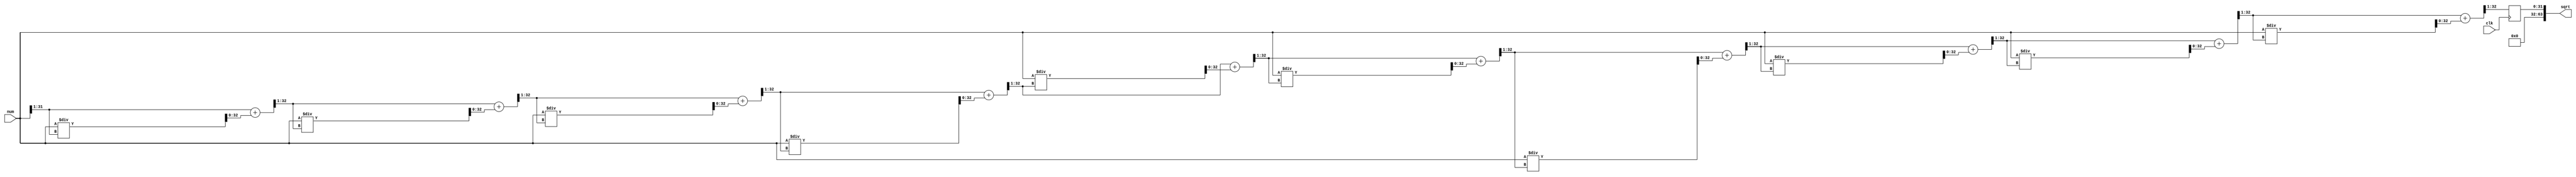
// Code your design here
module FixedPointSqrt
#(
  parameter INTEGER_WIDTH = 16,  // Integer part width
  parameter FRACTION_WIDTH = 16  // Fractional part width
)
(
  input clk,
  input  wire [INTEGER_WIDTH+FRACTION_WIDTH-1:0] num,  // Input number
  output wire [2*(INTEGER_WIDTH+FRACTION_WIDTH)-1:0] sqrt  //  root of the input number
);
  
  //reg [INTEGER_WIDTH+FRACTION_WIDTH-1:0] xn;  // Initial approximation
  //reg [2*(INTEGER_WIDTH+FRACTION_WIDTH)-1:0] temp_prv; // Difference between xn1 and xn2
  reg [(INTEGER_WIDTH+FRACTION_WIDTH)-1:0] temp; // Difference between xn1 and xn2
  reg [2*(INTEGER_WIDTH+FRACTION_WIDTH)-1:0] temp_full; // Difference between xn1 and xn2
  reg [(INTEGER_WIDTH+FRACTION_WIDTH)-1:0] temp_next; // Difference between xn1 and xn2
  
  // Initial approximation (start with half of the input number)
//  initial begin
//    xn = num >> 1; 
//  end
  
  always @(posedge clk) begin
	temp = num >> 1;
    repeat(10) begin 
      temp_full=(temp + (num / temp)) >> 1; 
      temp_next = temp_full;
      temp=temp_next;
      $display("temp: %b", temp);
    end
  end
  
  assign sqrt = temp;
  
endmodule